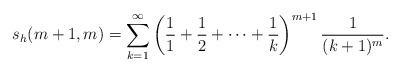
LaTeX: \begin{align*} s_h(m+1,m) = \sum_{k=1}^{\infty} \left( \frac{1}{1} + \frac{1}{2} + \cdots + \frac{1}{k} \right)^{m+1} \frac{1}{(k+1)^m}.\end{align*}